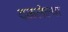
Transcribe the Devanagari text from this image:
दळलेल्या